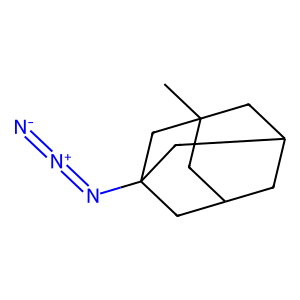
SMILES: CC12CC3CC(C1)CC(N=[N+]=[N-])(C3)C2
Inhibits HIV replication: No